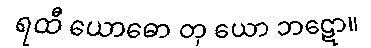
ရထီ ယောဓော တု ယော ဘဋော။